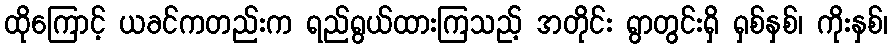
ထိုကြောင့် ယခင်ကတည်းက ရည်ရွယ်ထားကြသည့် အတိုင်း ရွာတွင်းရှိ ရှစ်နှစ်၊ ကိုးနှစ်၊